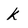
Character: K